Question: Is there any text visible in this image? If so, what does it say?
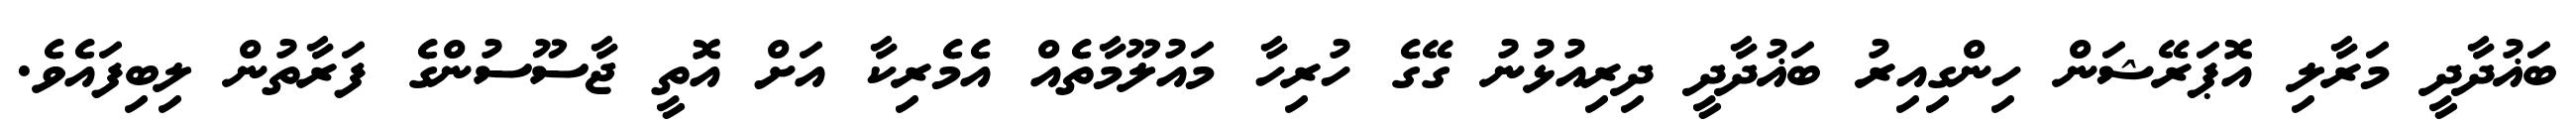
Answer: ބަޣުދާދީ މަރާލި އޮޕަރޭޝަން ހިންގިއިރު ބަޣުދާދީ ދިރިއުޅުނު ގޭގެ ހުރިހާ މައުލޫމާތެއް އެމެރިކާ އަށް އޮތީ ޖާސޫސުންގެ ފަރާތުން ލިބިފައެވެ.